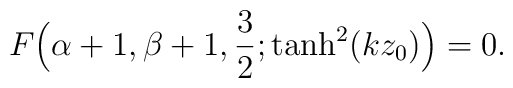
F\Bigl(\alpha+1,\beta+1,\frac{3}{2};\tanh^2(kz_0)\Bigr)=0.